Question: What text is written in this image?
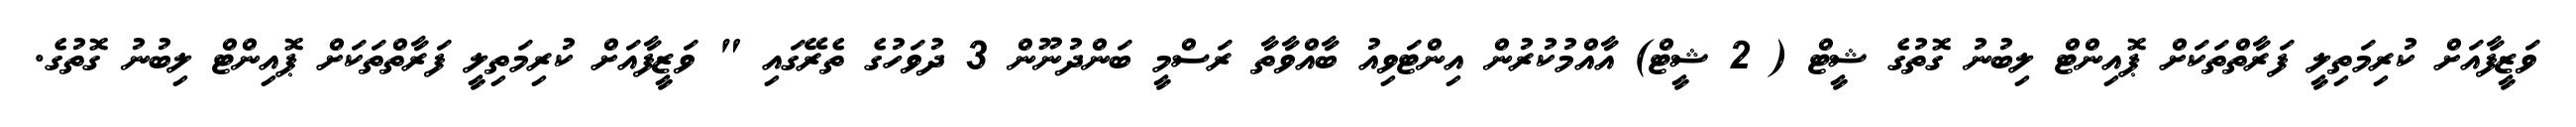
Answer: ވަޒީފާއަށް ކުރިމަތިލީ ފަރާތްތަކަށް ޕޮއިންޓް ލިބުނު ގޮތުގެ ޝީޓް ( 2 ޝީޓް) އާއްމުކުރުން އިންޓަވިއު ބާއްވާތާ ރަސްމީ ބަންދުނޫން 3 ދުވަހުގެ ތެރޭގައި " ވަޒީފާއަށް ކުރިމަތިލީ ފަރާތްތަކަށް ޕޮއިންޓް ލިބުނު ގޮތުގެ.